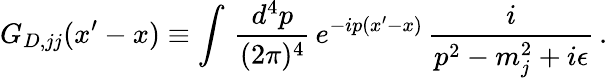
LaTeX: G_{D,jj}(x^{\prime}-x)\equiv\int\, \frac{d^{4}p}{(2\pi)^{4}}\, e^{-ip(x^{\prime}-x)}\, \frac{i}{p^{2}-m_{j}^{2}+i\epsilon}\, .